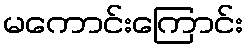
မကောင်းကြောင်း